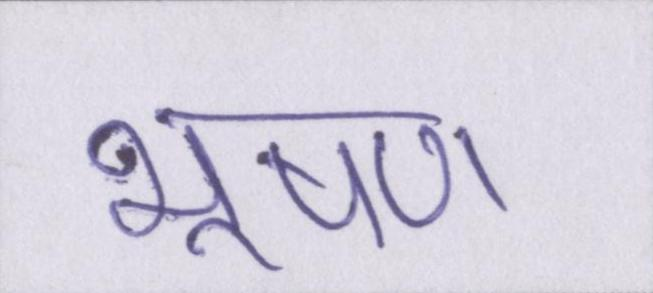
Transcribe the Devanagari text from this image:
भूषण